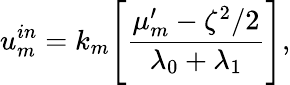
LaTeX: u_{m}^{in}=k_{m}\Bigg[\frac{\mu_{m}^{\prime}-\zeta^{2}/2}{\lambda_{0}+\lambda_{1}}\Bigg],